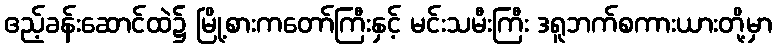
ဧည့်ခန်းဆောင်ထဲ၌ မြို့စားကတော်ကြီးနှင့် မင်းသမီးကြီး ဒရူဘက်စကားယားတို့မှာ